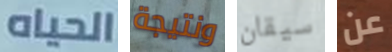
الحياه ونتيجة سيقان عن